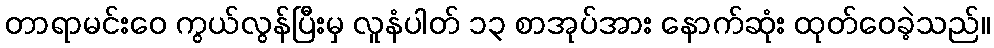
တာရာမင်းဝေ ကွယ်လွန်ပြီးမှ လူနံပါတ် ၁၃ စာအုပ်အား နောက်ဆုံး ထုတ်ဝေခဲ့သည်။